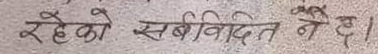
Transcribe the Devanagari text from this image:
रहेको सर्वविदित नै छ।